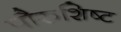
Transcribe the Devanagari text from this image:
पौरुशिष्ट